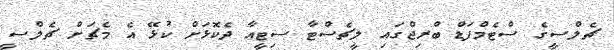
ޗެލްސީގެ ސްޓެމްފަޑް ބްރިޖްގައި ލީޗެސްޓާ ސިޓީއާ ދެކޮޅަށް ކުޅޭ އެ މެޗަށް ޗެލްސީ